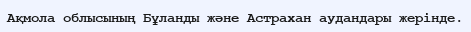
Ақмола облысының Бұланды және Астрахан аудандары жерінде.